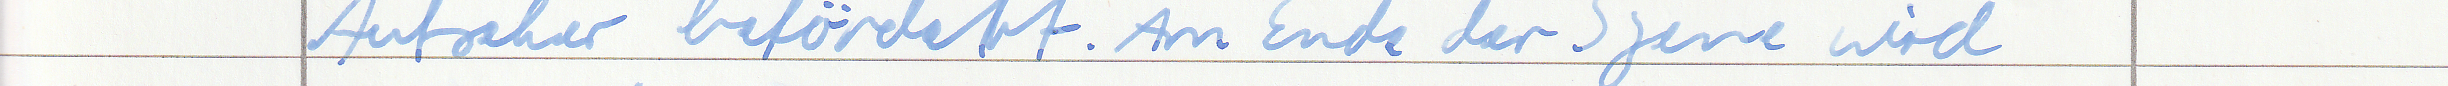
Aufseher befördert. Am Ende der Szene wird